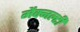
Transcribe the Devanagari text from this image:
मैक्नल्टी